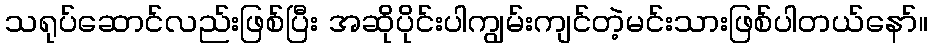
သရုပ်ဆောင်လည်းဖြစ်ပြီး အဆိုပိုင်းပါကျွမ်းကျင်တဲ့မင်းသားဖြစ်ပါတယ်နော်။